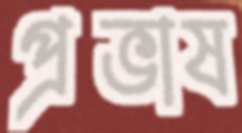
প্রভাষ